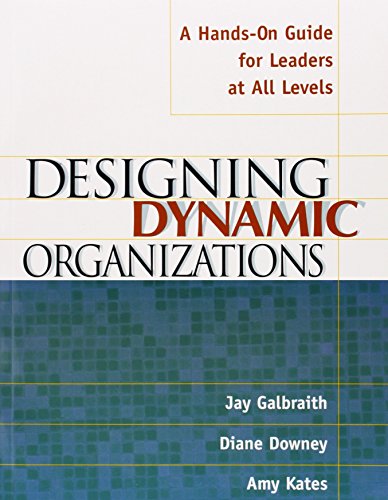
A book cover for Designing Dynamic Organizations: A Hands-on Guide for Leaders at All Levels; Jay Galbraith; Business & Money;